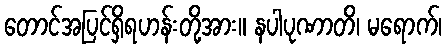
တောင်အပြင်ရှိရဟန်းတို့အား။ နပါပုဏာတိ၊ မရောက်၊